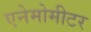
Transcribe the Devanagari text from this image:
एनेमोमीटर